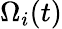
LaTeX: \Omega_{i}(t)